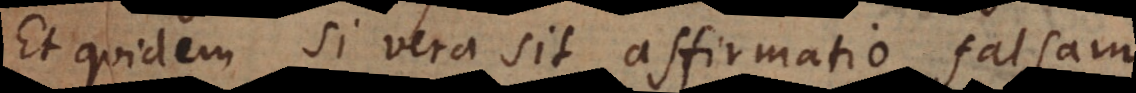
Et quidem si vera sit affirmatio falsam